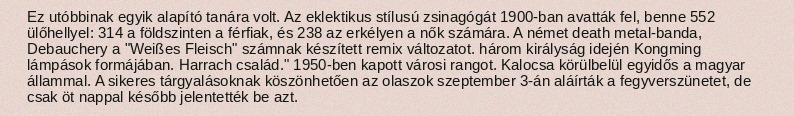
Ez utóbbinak egyik alapító tanára volt. Az eklektikus stílusú zsinagógát 1900-ban avatták fel, benne 552 ülőhellyel: 314 a földszinten a férfiak, és 238 az erkélyen a nők számára. A német death metal-banda, Debauchery a "Weißes Fleisch" számnak készített remix változatot. három királyság idején Kongming lámpások formájában. Harrach család." 1950-ben kapott városi rangot. Kalocsa körülbelül egyidős a magyar állammal. A sikeres tárgyalásoknak köszönhetően az olaszok szeptember 3-án aláírták a fegyverszünetet, de csak öt nappal később jelentették be azt.